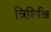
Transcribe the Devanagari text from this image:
त्रिशिखि